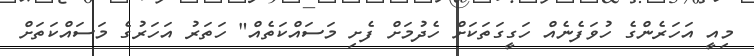
މިއީ އަހަރެންގެ ހުވަފެނެއް ހަގީގަތަކަށް ހެދުމަށް ފެށި މަސައްކަތެއް" ހަތަރު އަހަރުގެ މަސައްކަތަށް